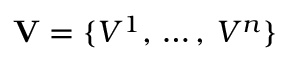
\mathbf { V } = \{ V ^ { 1 } , \, \ldots , \, V ^ { n } \}